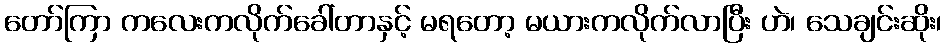
တော်ကြာ ကလေးကလိုက်ခေါ်တာနှင့် မရတော့ မယားကလိုက်လာပြီး ဟဲ၊ သေချင်းဆိုး၊